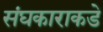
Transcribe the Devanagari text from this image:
संघकाराकडे